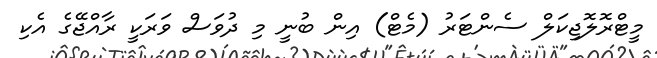
މީޓްރޮލޮޖިކަލް ސެންޓަރު (މެޓް) އިން ބުނީ މި ދުވަސް ވަރަކީ ރާއްޖޭގެ އެކި